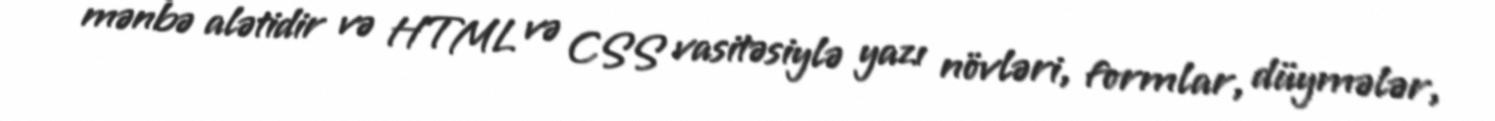
mənbə alətidir və HTML və CSS vasitəsiylə yazı növləri, formlar, düymələr,